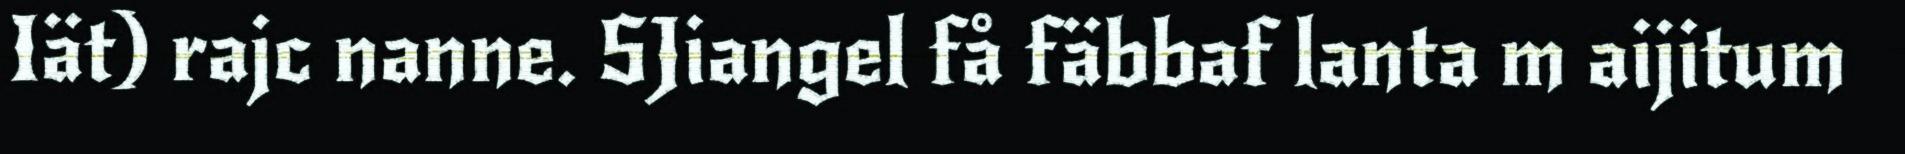
Iät) rajc nanne. SJiangel få fäbbaf lanta m aijitum